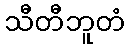
သီတီဘူတံ